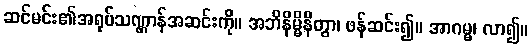
ဆင်မင်း၏အရုပ်သဏ္ဌာန်အဆင်းကို။ အဘိနိမ္မိနိတွာ၊ ဖန်ဆင်း၍။ အာဂမ္မ၊ လာ၍။